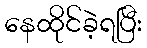
နေထိုင်ခဲ့ရပြီး